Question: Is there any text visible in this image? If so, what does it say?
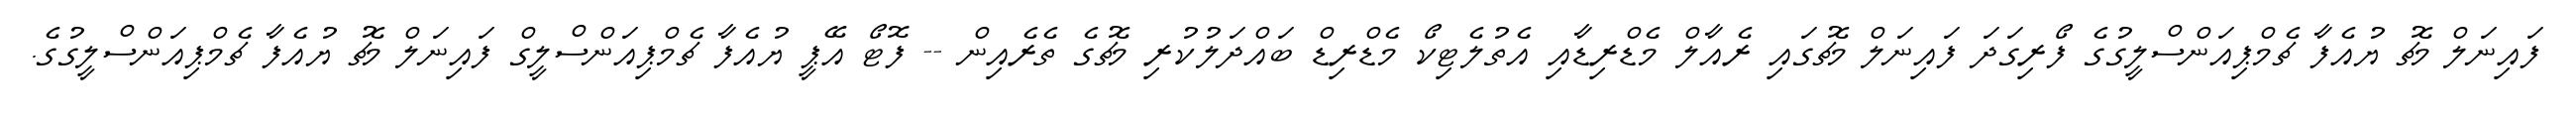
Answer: ފައިނަލް މެޗު ޔުއެފާ ޗެމްޕިއަންސްލީގުގެ ފޯރިގަދަ ފައިނަލް މެޗުގައި ރެއާލް މެޑްރިޑާއި އެތުލެޓިކޯ މެޑްރިޑް ބައްދަލުކުރި މެޗުގެ ތެރެއިން -- ފޮޓޯ އޭޕީ ޔުއެފާ ޗެމްޕިއަންސްލީގް ފައިނަލް މެޗު ޔުއެފާ ޗެމްޕިއަންސްލީގުގެ.